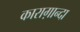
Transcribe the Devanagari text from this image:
काराग़ान्दा